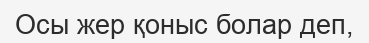
Осы жер қоныс болар деп,